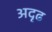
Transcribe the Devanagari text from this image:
अदृढ